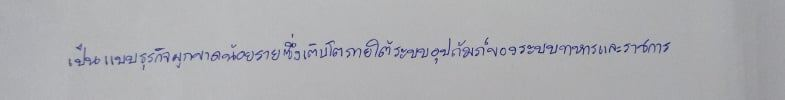
เป็นแบบธุรกิจผูกขาดน้อยรายซึ่งเติบโตภายใต้ระบบอุปถัมภ์ของระบบทหารและราชการ